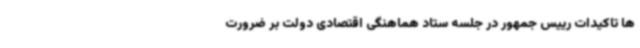
ها تاکیدات رییس جمهور در جلسه ستاد هماهنگی اقتصادی دولت بر ضرورت